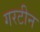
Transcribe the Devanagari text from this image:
गरटीन